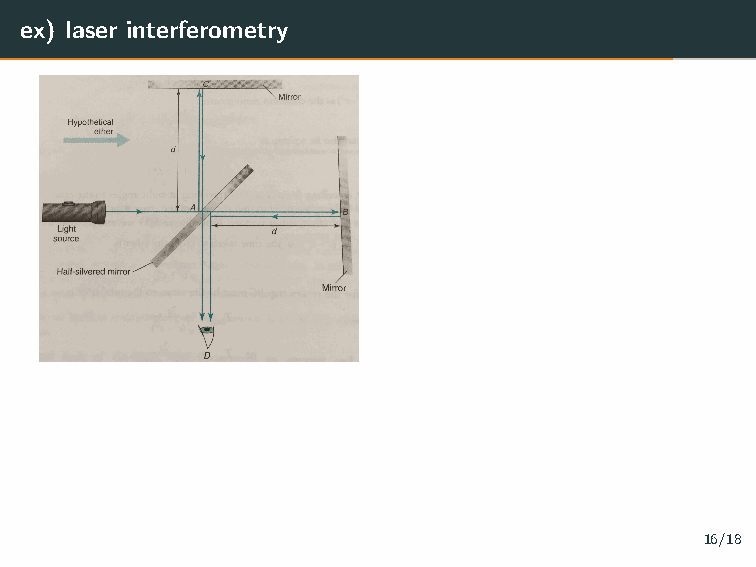
The classic Michelson-Morley
 experiment from 1887.
 Idea: Merge two light sources to
 create an interference pattern by
 superposition.
 Two cases:
 1. Mirror B and C at the same distance from mirror A.
 2. Mirror B and C at different distances from mirror A.
 ex) laser interferometry
 16/18